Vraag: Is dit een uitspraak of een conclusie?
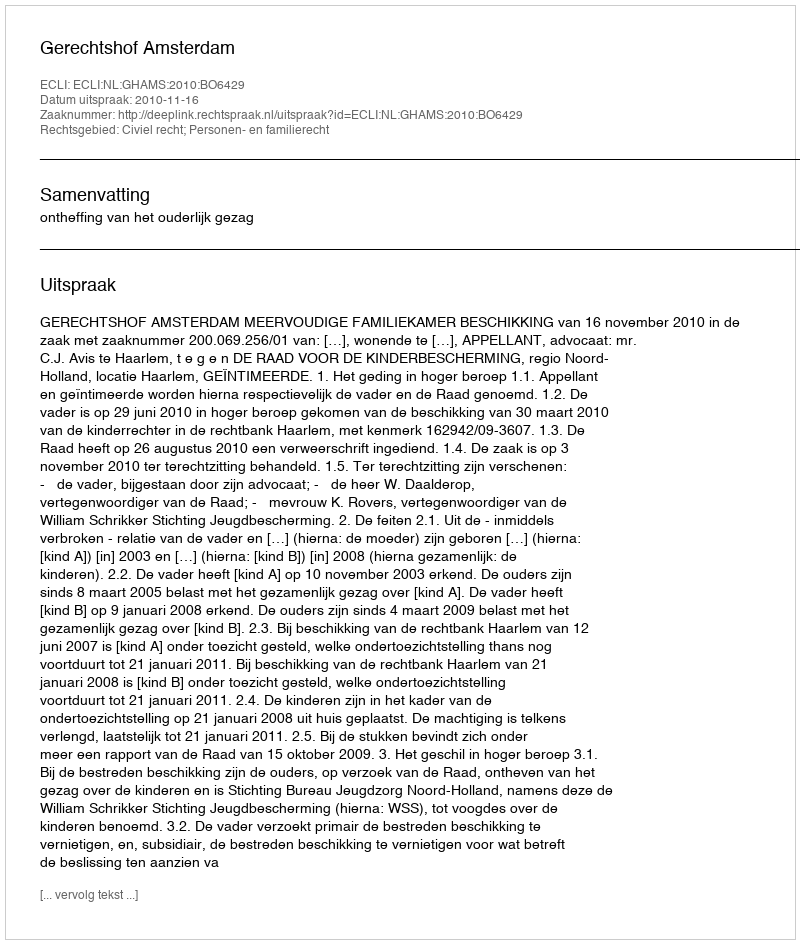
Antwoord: Uitspraak